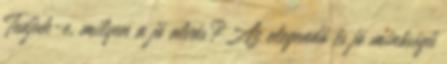
Tudjuk-e, milyen a jó alvás?Az elegendő és jó minőségű